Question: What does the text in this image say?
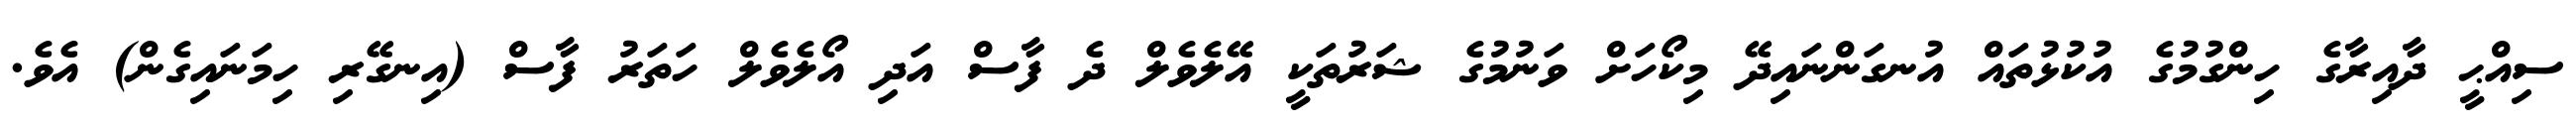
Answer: ސިއްޙީ ދާއިރާގެ ހިންގުމުގެ އުކުޅުތައް އުނގަންނައިދޭ މިކޯހަށް ވަނުމުގެ ޝަރުތަކީ އޭލެވެލް ދެ ފާސް އަދި އޯލެވެލް ހަތަރު ފާސް (އިނގޭރި ހިމަނައިގެން) އެވެ.